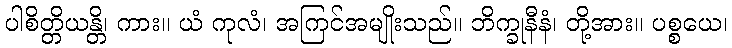
ပါစိတ္တိယန္တိ၊ ကား။ ယံ ကုလံ၊ အကြင်အမျိုးသည်။ ဘိက္ခုနီနံ၊ တို့အား။ ပစ္စယေ၊